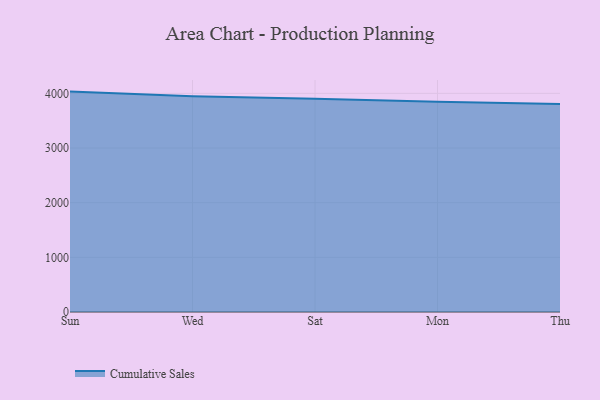
{"axis": {"x": "Day", "y": "Inventory Turnover"}, "legend": ["Cumulative Sales"], "data": [{"x": "Sun", "y": 4031.6, "type": "Cumulative Sales"}, {"x": "Wed", "y": 3946.5, "type": "Cumulative Sales"}, {"x": "Sat", "y": 3902.7, "type": "Cumulative Sales"}, {"x": "Mon", "y": 3845.8, "type": "Cumulative Sales"}, {"x": "Thu", "y": 3804.2, "type": "Cumulative Sales"}]}